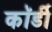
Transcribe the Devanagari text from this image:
कॉर्डी